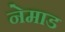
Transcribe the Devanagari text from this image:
नेमाड